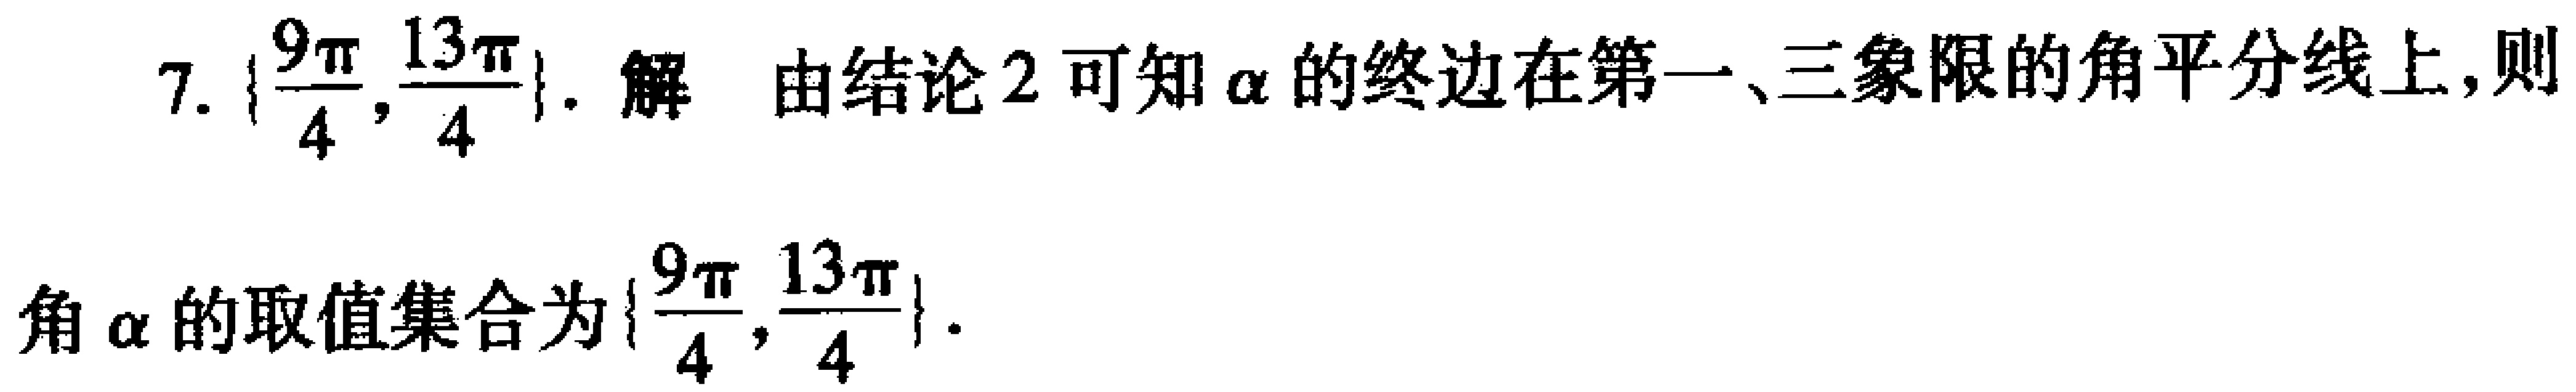
7. \(\left\{\frac{9\pi}{4},\frac{13\pi}{4}\right\}\). 解 由结论2可知\(\alpha\)的终边在第一、三象限的角平分线上,则

角\(\alpha\)的取值集合为\(\left\{\frac{9\pi}{4},\frac{13\pi}{4}\right\}\).